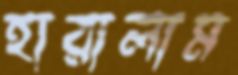
হারালাম